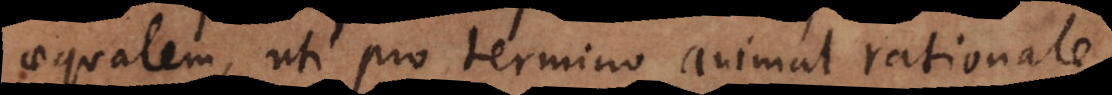
aequalem, uti pro termino animal rationale,